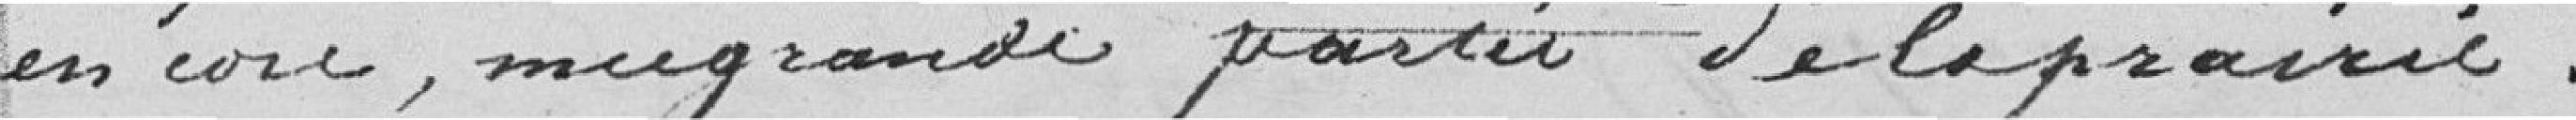
encore, une grande partie de la prairie.